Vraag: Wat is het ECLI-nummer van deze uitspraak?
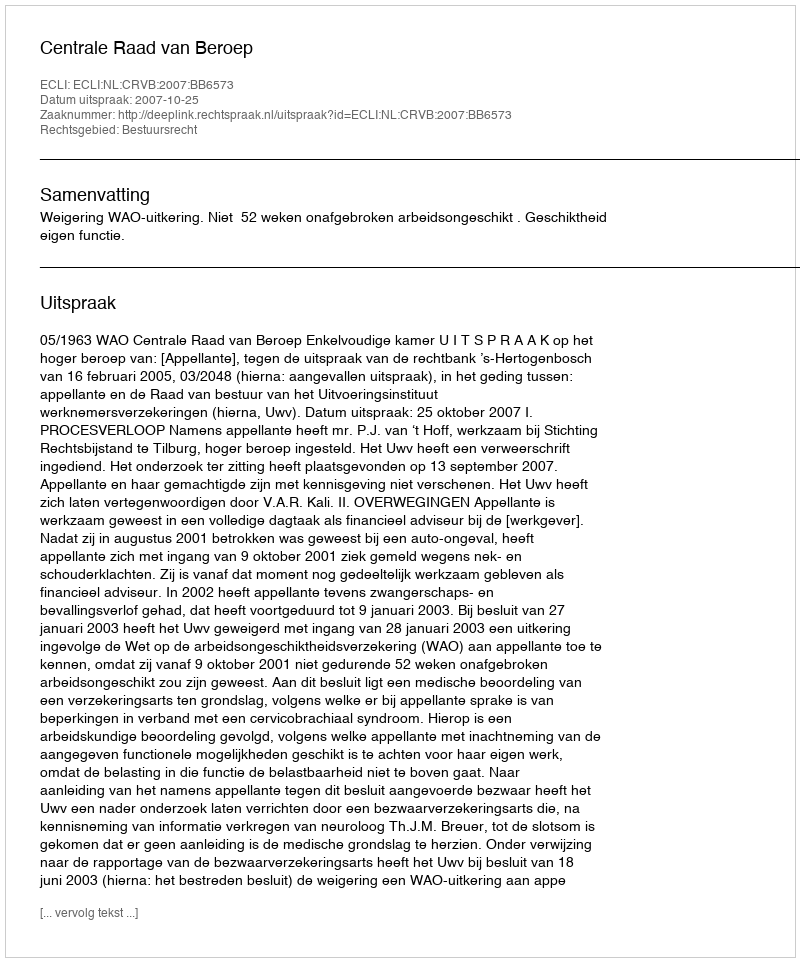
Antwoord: ECLI:NL:CRVB:2007:BB6573